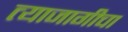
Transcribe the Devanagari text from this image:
त्याजागीचा